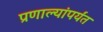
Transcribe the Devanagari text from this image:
प्रणाल्यांपर्यंत